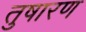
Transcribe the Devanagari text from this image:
तुषारण